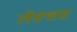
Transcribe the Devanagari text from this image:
लेक्शस